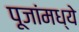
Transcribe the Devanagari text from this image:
पूजांमध्ये